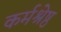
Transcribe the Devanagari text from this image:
कर्मश्रेष्ठ